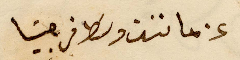
عن ماننت وسَط فرجنيا